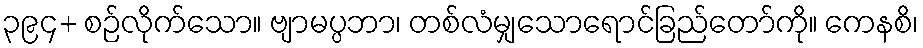
၃၉၄+ စဉ်လိုက်သော။ ဗျာမပ္ပဘာ၊ တစ်လံမျှသောရောင်ခြည်တော်ကို။ ကေနစိ၊